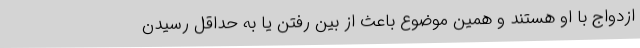
ازدواج با او هستند و همین موضوع باعث از بین رفتن یا به حداقل رسیدن